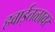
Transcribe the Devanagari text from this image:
हवाईतळावर